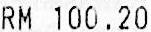
RM 100.20